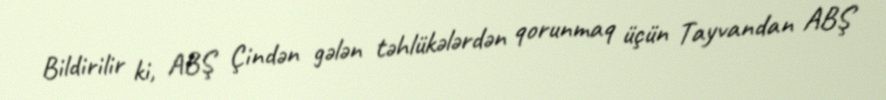
Bildirilir ki, ABŞ Çindən gələn təhlükələrdən qorunmaq üçün Tayvandan ABŞ